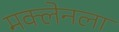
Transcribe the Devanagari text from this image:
मक्लेनला